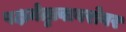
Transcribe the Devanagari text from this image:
पक्षनेतृत्वाबरोबर